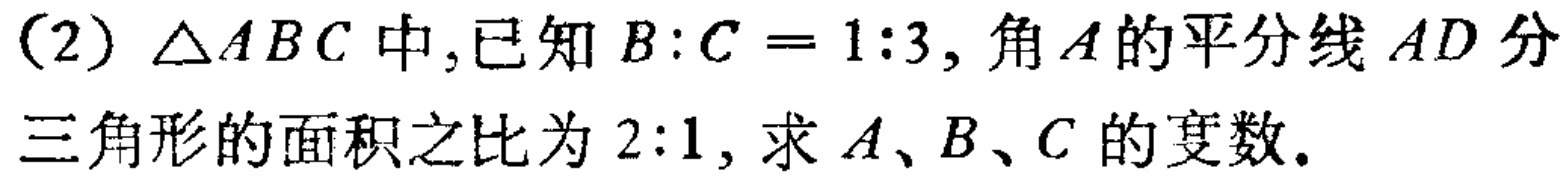
(2) $\triangle ABC$中,已知$B:C = 1:3$, 角$A$的平分线$AD$分三角形的面积之比为$2:1$, 求$A、B、C$的度数.